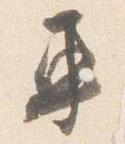
車